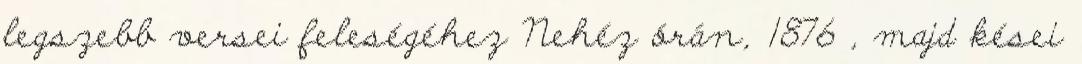
legszebb versei feleségéhez Nehéz órán, 1876 , majd kései